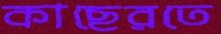
কাছেরতে